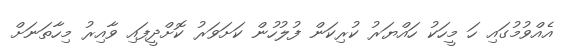
އެއްވުމުގައި ހަ މީހަކު ހައްޔަރު ކުރިކަން ފުލުހުން ކަށަވަރު ކޮށްދީފައި ވާއިރު މިހާތަނަށް